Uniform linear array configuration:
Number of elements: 4
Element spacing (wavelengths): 0.25
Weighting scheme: hamming
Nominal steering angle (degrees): -30
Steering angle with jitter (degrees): -31.752
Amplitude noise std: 0.05
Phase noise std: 0.05

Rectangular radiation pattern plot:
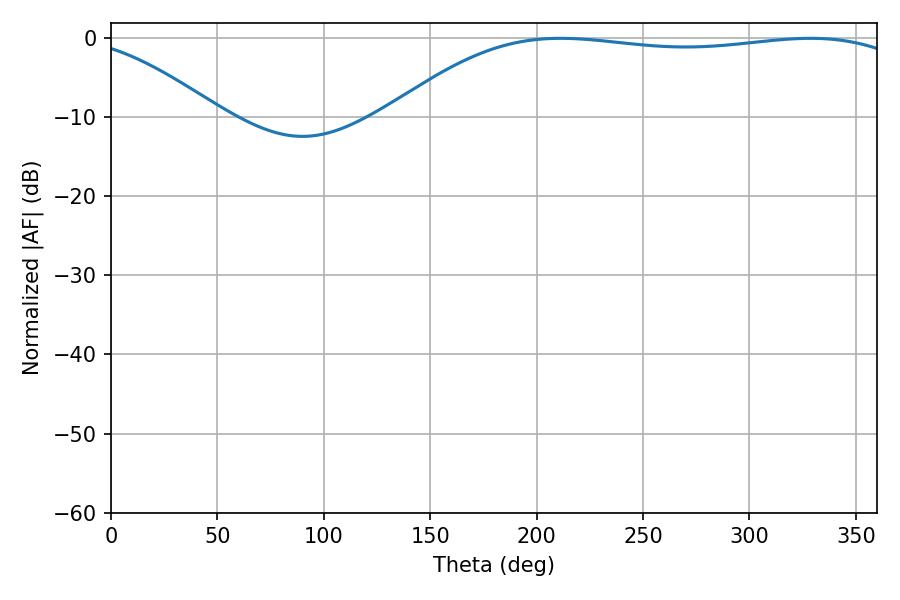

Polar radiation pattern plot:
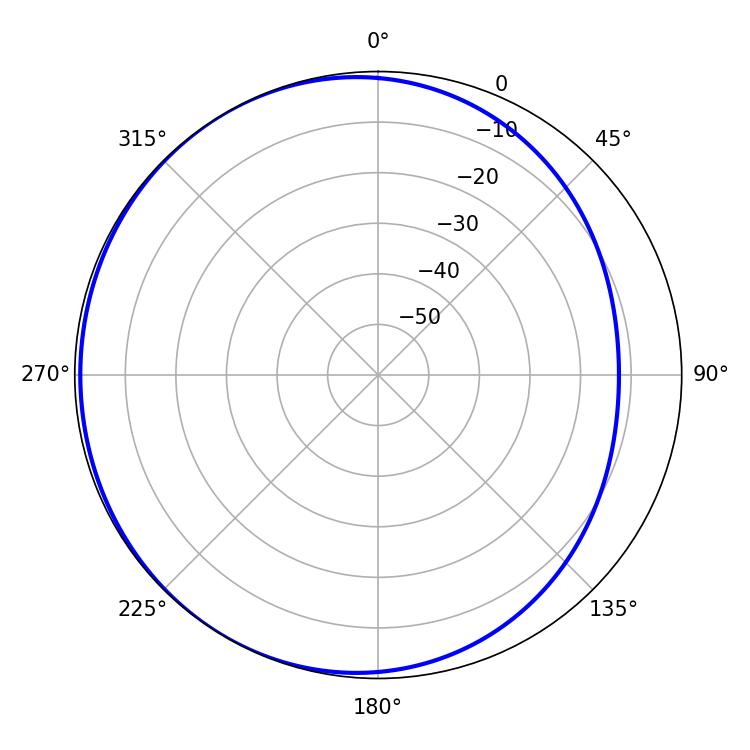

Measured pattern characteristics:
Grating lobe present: FALSE
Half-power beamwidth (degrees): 195.48
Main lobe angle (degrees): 211.32